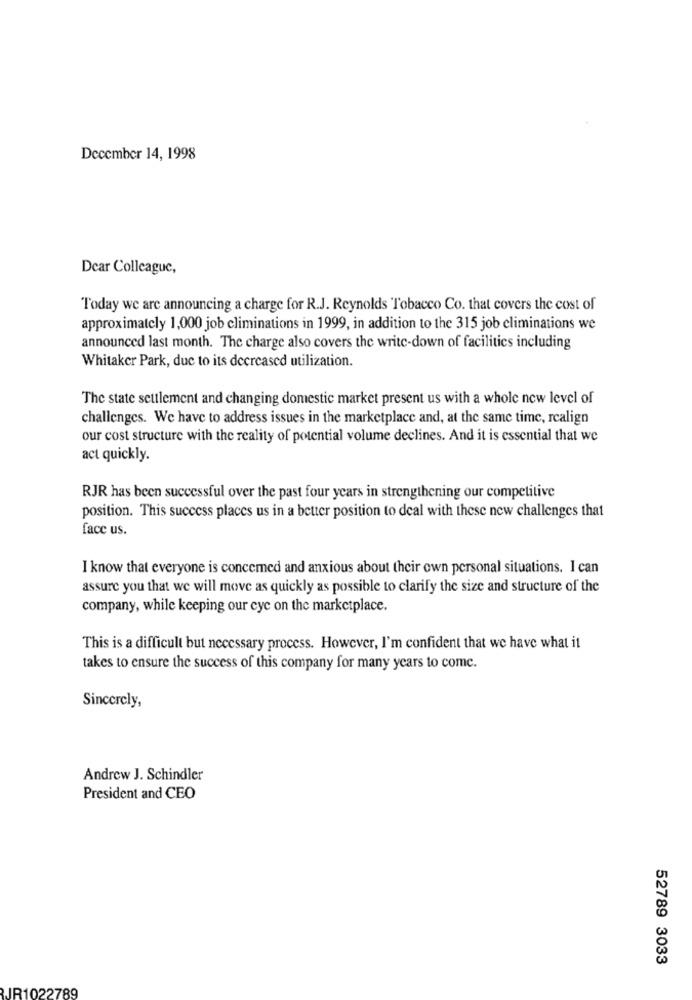
December 14, 1998
Dear Colleague,
Today we are announcing a charge for R.J. Reynolds Tobacco Co. that covers the cost of
approximately 1,000 job climinations in 1999, in addition to the 315 job eliminations we
announced last month. The charge also covers the write-down of facilities including
Whitaker Park, due to its decreased utilization.
The state settlement and changing domestic market present us with a whole new level of
challenges. We have to address issues in the marketplace and, at the same time, realign
our cost structure with the reality of potential volume declines. And it is essential that we
act quickly.
RJR has been successful over the past four years in strengthening our competitive
position. This success places us in a better position to deal with these new challenges that
face us.
I know that everyone is concemed and anxious about their own personal situations. I can
assure you that we will move as quickly as possible to clarify the size and structure of the
company, while keeping our cyc on the marketplace.
This is a difficult but necessary process. However, I'm confident that we have what it
takes to ensure the success of this company for many years to come.
Sincerely,
Andrew J. Schindler
President and CEO
52789 3033
JR1022789